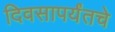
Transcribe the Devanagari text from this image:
दिवसापर्यंतचे